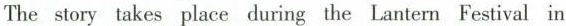
The story takes place during the Lantern Festival in